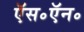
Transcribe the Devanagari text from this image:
ऍस॰ऍन॰